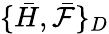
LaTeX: \{ \bar{H},\bar{\mathcal{F}}\} _{D}